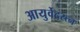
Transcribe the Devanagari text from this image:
आयुर्वेदरत्न